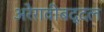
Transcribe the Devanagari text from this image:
अरेरावीबद्दल